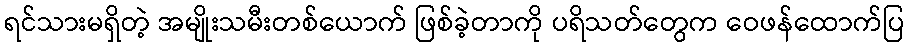
ရင်သားမရှိတဲ့ အမျိုးသမီးတစ်ယောက် ဖြစ်ခဲ့တာကို ပရိသတ်တွေက ဝေဖန်ထောက်ပြ